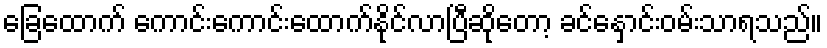
ခြေထောက် ကောင်းကောင်းထောက်နိုင်လာပြီဆိုတော့ ခင်နှောင်းဝမ်းသာရသည်။